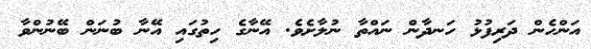
އަންހެން ދަރިފުޅު ހަނދާން ނައްތާ ނުލާށެވެ. އޭނާގެ ހިތުގައި އޭނާ ބުނަން ބޭނުންވާ